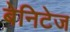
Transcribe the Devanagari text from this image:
बेनिटेज